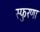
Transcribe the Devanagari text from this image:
स्फुरणा